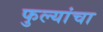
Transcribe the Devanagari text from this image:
फुल्यांचा